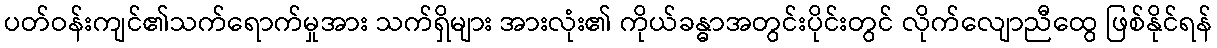
ပတ်ဝန်းကျင်၏သက်ရောက်မှုအား သက်ရှိများ အားလုံး၏ ကိုယ်ခန္ဓာအတွင်းပိုင်းတွင် လိုက်လျောညီထွေ ဖြစ်နိုင်ရန်